Annual statistical returns and brief notes on vaccination in Bengal - 1896-1909
Year: 1896
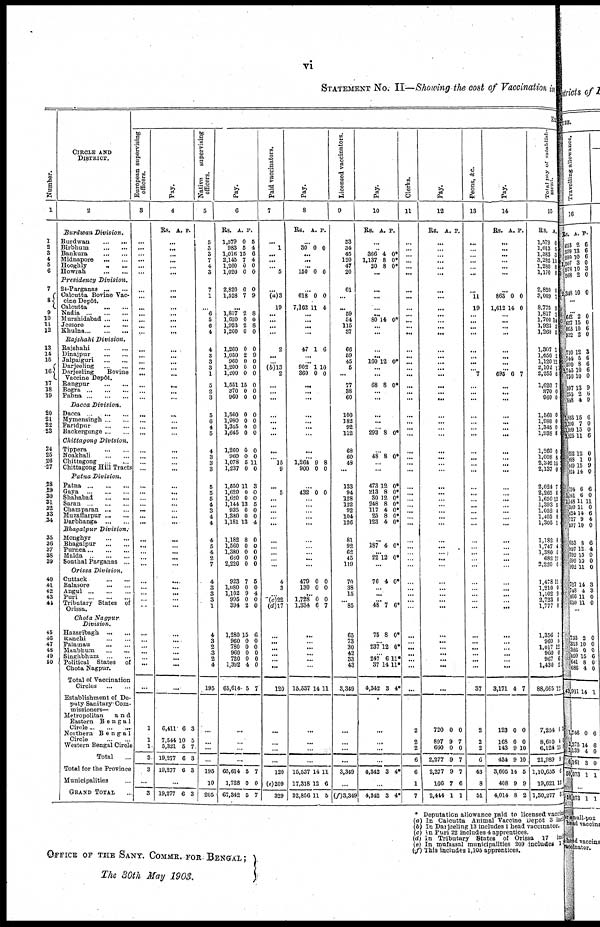
vi
STATEMENT NO. II—Showing the cost of Vaccination in
Ex
Number.
1
1
2
3
4
5
6
7
8
9
10
11
12
13
14
15
16
17
18
19
20
21
22
23
24
25
26
27
23
29
30
31
32
33
34
35
36
37
38
39
40
41
42
43
44
45
46
47
48
49
60
CIRCLE AND
DISTRICT.
2
Burdwan
Division.
Burdwan... ... ...
Birbhum... ... ...
Bankura... ... ... ...
Midnapore... ... ... ...
Hooghly...
...
Howrah...
...
...
Presidency
Division.
24-Parganas... ... ...
Calcutta Bovine Vac-
cine Depot.
Calcutta...
...
...
Nadia...
...
...
Murshidabad... ... ...
Jessore...
...
...
Khulna...
...
...
Rajshahi
Division.
Rajshahi... ... ...
Dinajpur... ... ...
Jalpaiguri...
...
Darjeeling...
...
Darjeeling
Bovine
Vaccine Depôt.
Rangpur...
...
Bogra...
...
Pabna...
...
Dacca
Division.
Dacca...
...
...
Mymensingh...
...
Faridpur...
...
Backergunge...
...
Chittagong
Division.
Tippera...
...
Noakhali...
...
Chittagong...
...
Chittagong Hill Tracts
Patna
Division.
Patna...
...
Gaya...
...
Shahabad...
...
Saran...
...
Champaran... ...
Muzaffarpur...
...
Darbhanga...
...
Bhagalpur
Division.
Monghyr... ... ...
Bhagalpur...
...
Purnea...
...
Malda...
...
Sonthal Parganas ... ...
Orissa
Division.
Cuttack...
...
Balasore...
...
Angul...
...
Puri...
...
Tributary States of
Orissa.
Chota
Nagpur
Division.
Hazaribagh...
...
Ranchi...
...
Palamau...
...
Manbhum...
...
Singhbhum...
...
Political States of
Chota Nagpur.
Total of Vaccination
Circles...
...
Establishment of De-
puty Sanitary Com-
missioners—
Metropolitan and
Eastern Bengal
Circle...
...
...
Northern Bengal
Circle...
...
Western Bengal Circle
Total...
Total for the Province
Municipalities...
GRAND TOTAL...
European supervising
officers.
3
...
...
...
...
...
...
...
...
...
...
...
...
...
...
...
...
...
...
...
... ...
...
...
...
...
...
...
...
...
...
...
...
...
...
...
...
...
...
...
...
...
...
...
...
...
...
...
...
...
...
...
...
...
1
1
1
3
3
...
3
Pay.
4
Rs. A. P.
...
...
...
... ...
...
...
...
...
...
... ...
...
...
...
...
... ...
...
... ...
...
...
...
...
...
...
...
...
...
...
...
...
... ...
...
...
...
...
...
...
...
...
...
... ...
...
...
... ... ...
...
...
6,411
7,544
5,321
19,277
19,277
10
5
6
6
5
7
3
3
...
19,277 6 3
Native
supervising
officers.
5
5
3
3
7
4
3
7
1
... 6
5
6
4
4
3
3
3
1
5
2
3
5
6
4
5
4
3
3
3
5
5
5
4
3
4
4
4
5
4
2
7
4
3
3
3
1
4
3
2
3
2
4
195
6
...
...
...
195
10
205
Pay.
6
Rs.
1,579
983
1,016
2,145
1,260
1,020
A.
0
5
15
7
0
0
P.
5
4
6
4
0
0
2,820
1,528
0
7
0
9
...
1,817
1,620
1,923
1,260
2
0
2
0
8
0
8
0
1,260
1,050
960
1,200
1,200
1,551
370
960
0
2
0
0
0
15
0
0
0
9
0
0
0
0
0
0
1,560
1,980
1,345
1,645
0
0
0
0
0
0
0
0
1,260
960
1,078
1,237
0
0
5
0
0
0
11
0
1,550
1,620
1,620
1,144
935
1,380
1,181
11
0
0
13
0
0
13
3
0
0
5
0
0
4
1,182
1,560
1,380
660
2,220
8
0
0
0
0
0
0
0
0
0
923
1,080
1,102
995
394
7
0
9
0
2
5
0
4
0
0
1,280
960
780
960
720
1,392
65,614
15
0
0
0
0
4
5
6
0
0
0
0
0
7
3
...
...
...
65,614
1,728
67,342
5
0
5
7
0
7
Paid vaccinators.
7
... 1
...
...
... 5
... (a)3
19
...
...
... ...
2
...
... (b)13
2
...
... ...
...
... ...
...
...
... l5
9
... 5
... ...
... ... ...
...
...
...
... ...
4
3
... (c)22
(d)l7
...
...
...
... ...
...
120
...
...
...
...
120
(e)209
329
Pay.
8
Rs. A. P.
...
30 0 0
...
... ...
150 0 0
...
618
7,162
0
11
0
4
...
...
... ...
47 1 6
...
...
902
360
13
0
10
0
...
... ...
...
...
...
...
...
...
1,264
900
9
0
8
0
... 432 0 0
...
...
... ... ...
...
... ...
... ...
479
130
0
0
0
0
...
1,728
1,334
0
6
0
7
...
...
...
... ...
...
15,537 14 11
...
...
...
...
15,537
17,318
32,856
14
12
11
11
6
b
Licensed vaccinators.
9
53
34
45
120
47
20
61
...
... 59
54
115
37
66
59
45
5
...
77
38
60
100
182
92
112
68
60
49
...
133
94
128
122
92
104
126
81
92
62
45
119
70
38
15
... 85
65
73
30
42
33
43
3,349
...
...
...
...
3,349
...
(f)3,349
Pay.
10
Rs. A. P.
...
... 366
1,137
20
4
8
8
0*
0*
0*
...
...
...
...
...
80 14 0*
...
...
...
...
160 12 0*
...
...
68 8 0*
... ...
...
...
... 293 8 0*
...
48 8 0*
...
...
473
213
30
248
117
25
123
12
8
12
8
4
8
4
0*
0*
0*
0*
0*
0*
0*
...
187 4 0*
...
22 12 0*
...
76 4 0*
...
...
...
48 7 6*
75 8 0*
... 237 12 0*
... 247
37
4,342
6
14
3
11*
11*
4*
...
...
...
...
4,342 3 4*
...
4,342 3 4*
Clerks.
11
...
...
...
...
...
...
...
...
...
...
...
...
...
...
...
...
...
...
...
...
...
...
...
...
...
...
...
...
...
...
...
...
...
... ...
...
...
...
...
...
...
...
...
...
...
...
...
...
...
... ...
...
...
2
2
2
6
6
1
7
Pay.
12
Rs. A. P.
...
... ...
... ...
...
...
...
...
...
...
... ...
...
...
...
... ...
...
... ...
...
...
... ...
...
...
...
...
...
...
...
...
... ...
...
...
... ...
... ...
...
... ...
...
...
...
...
...
... ... ...
...
720
897
660
2,277
2,277
166
2,444
0
9
0
9
9
7
1
0
7
0
7
7
6
1
Peons, &c.
13
...
...
...
...
...
...
... 11
19
...
...
...
...
...
...
...
... 7
...
...
...
...
...
...
...
...
...
...
...
...
...
...
...
... ...
...
...
...
...
...
...
...
...
...
...
...
...
...
...
... ...
...
37
2
2
2
6
43
8
51
Pay.
14
Rs. A. P.
...
...
...
...
...
...
... 863
1,612
0
14
0
0
...
... ...
...
...
...
... ...
695 6 7
...
... ...
...
...
... ...
...
...
... ...
...
...
...
... ...
... ...
...
... ...
... ...
...
... ...
... ...
...
... ...
... ... ...
3,171
123
168
143
434
3,605
408
4,014
4
0
0
9
9
14
9
8
7
0
0
10
10
5
9
2
Total pay of establish-
ment.
15
Rs.
1,579
1,013
1,383
3,282
1,280
1,170
A.
0
5
3
15
8
0
2,820
3,009
8,775
1,817
1,700
1,923
1,260
0
7
9
2
14
2
0
1,307
1,050
1,120
2,102
2,255
1,620
370
960
1
2
13
1
5
7
0
0
1,560
1,980
1,345
1,938
0
0
0
8
1,260
1,008
2,342
2,137
0
8
13
0
2,024
2,265
1,650
1,393
1,052
1,405
1,305
7
8
12
5
4
8
1
1,182
1,747
1,380
682
2,220
8
4
0
12 0
1,478
1,210
1,102
2,723
1,777
11
0
9
0
0
1,356
960
1,017
960
967
1,430
88,665
7,254
8,610
6,124
21,989
1,10,655
19,621
1,30,277
7
0
12
0
6
2
12
1
4
15
9
6
13
3
* Deputation allowance paid to licensed vaccine
(a) In Calcutta Animal Vaccine Depôt 3 incl
(b) In Darjeeling 13 includes 1 head vaccinator.
(c) In Puri 22 includes 4 apprentices.
(d) In Tributary States of Orissa 17 incl
(e) In mufassal municipalities 209 includes 1
(f) This includes 1,105 apprentices.
OFFICE OF THE SANY. COMMR. FOR BENGAL;
The 30th May 1903.